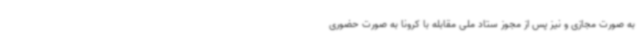
به صورت مجازی و نیز پس از مجوز ستاد ملی مقابله با کرونا به صورت حضوری